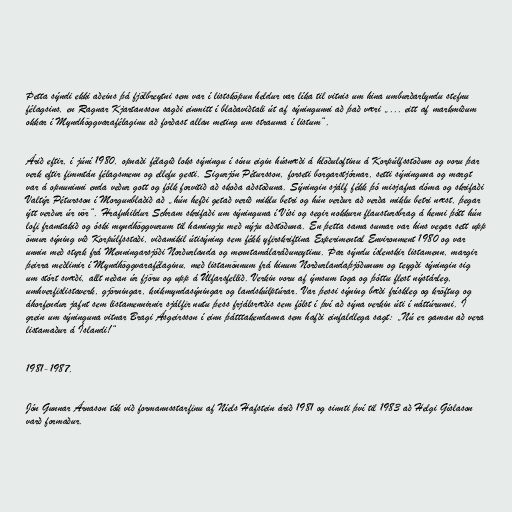
Þetta sýndi ekki aðeins þá fjölbreytni sem var í listsköpun heldur var líka til vitnis um hina umburðarlyndu stefnu
félagsins, en Ragnar Kjartansson sagði einmitt í blaðaviðtali út af sýningunni að það væri „... eitt af markmiðum
okkar í Myndhöggvarafélaginu að forðast allan meting um strauma í listum“.

Árið eftir, í júní 1980, opnaði félagið loks sýningu í sínu eigin húsnæði á hlöðuloftinu á Korpúlfsstöðum og voru þar
verk eftir fimmtán félagsmenn og ellefu gesti. Sigurjón Pétursson, forseti borgarstjórnar, setti sýninguna og margt
var á opnuninni enda veður gott og fólk forvitið að skoða aðstöðuna. Sýningin sjálf fékk þó misjafna dóma og skrifaði
Valtýr Pétursson í Morgunblaðið að „hún hefði getað verið miklu betri og hún verður að verða miklu betri næst, þegar
ýtt verður úr vör“. Hrafnhildur Schram skrifaði um sýninguna í Vísi og segir nokkurn flaustursbrag á henni þótt hún
lofi framtakið og óski myndhöggvurum til hamingju með nýju aðstöðuna. En þetta sama sumar var hins vegar sett upp
önnur sýning við Korpúlfsstaði, viðamikil útisýning sem fékk yfirskriftina Experimental Environment 1980 og var
unnin með styrk frá Menningarsjóði Norðurlanda og menntamálaráðuneytinu. Þar sýndu íslenskir listamenn, margir
þeirra meðlimir í Myndhöggvarafélaginu, með listamönnum frá hinum Norðurlandaþjóðunum og teygði sýningin sig
um stórt svæði, allt neðan úr fjöru og upp á Úlfarsfellið. Verkin voru af ýmsum toga og þóttu flest nýstárleg,
umhverfislistaverk, gjörningar, kvikmyndasýningar og landskúlptúrar. Var þessi sýning bæði frískleg og kröftug og
áhorfendur jafnt sem listamennirnir sjálfir nutu þess frjálsræðis sem fólst í því að sýna verkin úti í náttúrunni. Í
grein um sýninguna vitnar Bragi Ásgeirsson í einn þátttakendanna sem hafði einfaldlega sagt: „Nú er gaman að vera
listamaður á Íslandi!“

1981-1987.

Jón Gunnar Árnason tók við formannsstarfinu af Níels Hafstein árið 1981 og sinnti því til 1983 að Helgi Gíslason
varð formaður.